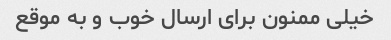
خیلی ممنون برای ارسال خوب و به موقع